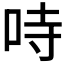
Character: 𠱾